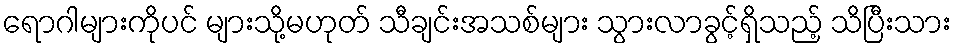
ရောဂါများကိုပင် များသို့မဟုတ် သီချင်းအသစ်များ သွားလာခွင့်ရှိသည့် သိပြီးသား